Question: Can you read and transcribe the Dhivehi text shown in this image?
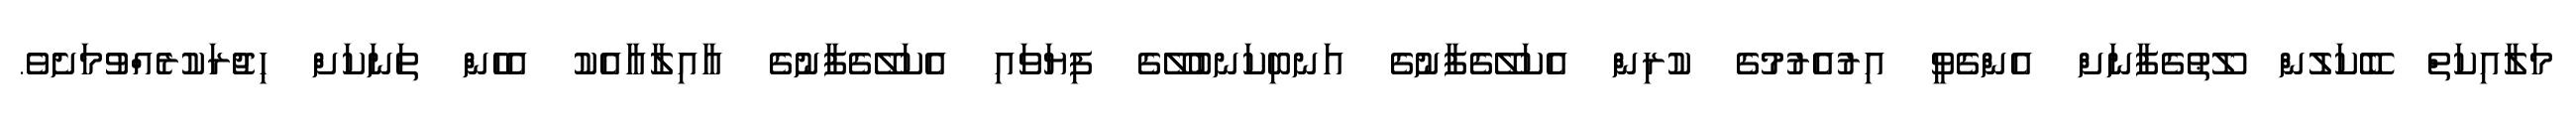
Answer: މަލާއިކަތް ބޭކަލުން ލޫޠުގެފާނަށް އެންގެވީ އިރުއެރުމުގެ ކުރިން އެކަލޭގެފާނުގެ އަނބިކަނބުލޭގެ ފިޔަވައި އެކަލޭގެފާނުގެ އާއިލާއާއެކު އެހެން ތަނަކަށް ހިޖުރަކުރެއްވުމަށެވެ.